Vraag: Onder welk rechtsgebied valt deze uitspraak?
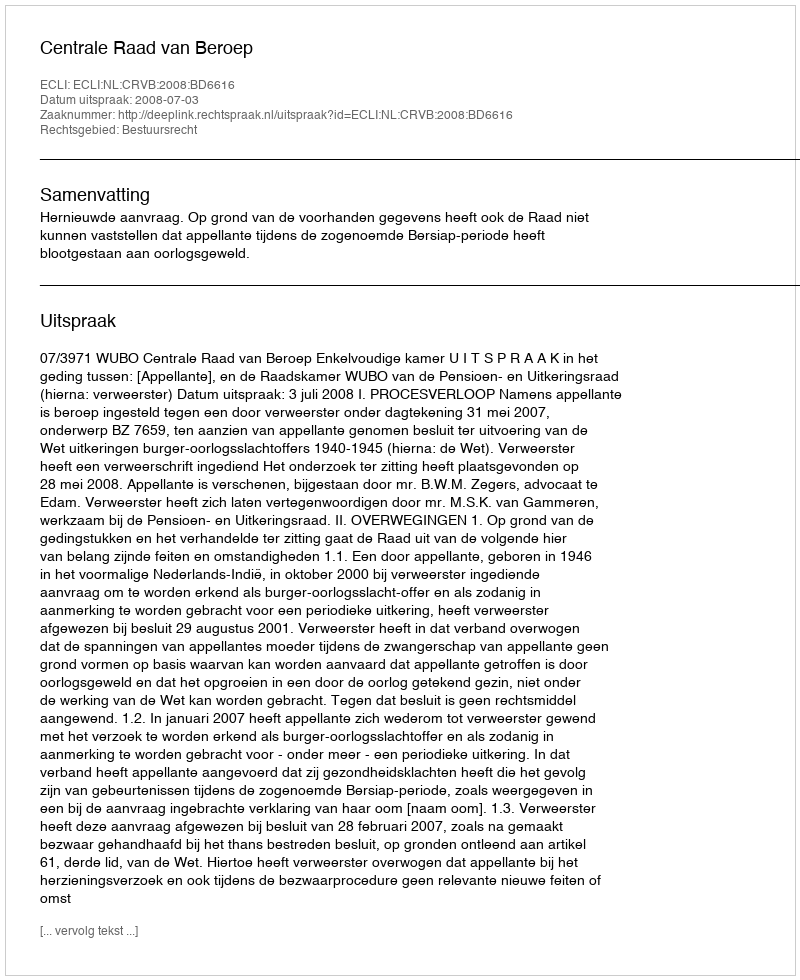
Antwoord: Bestuursrecht